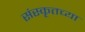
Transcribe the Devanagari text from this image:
संस्‍कृतच्या